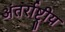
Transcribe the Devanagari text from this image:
अंतर्राष्ट्रीय़